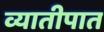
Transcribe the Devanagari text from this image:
व्यातीपात